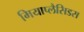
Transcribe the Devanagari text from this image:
मियाप्लैसिडस